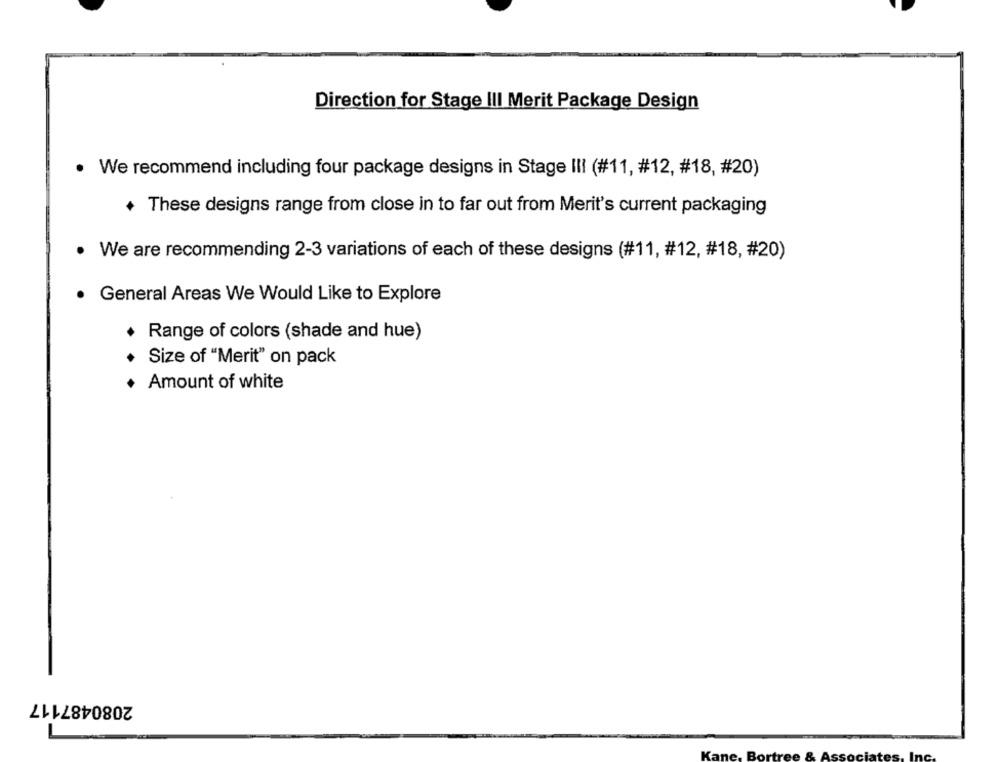
Direction for Stage III Merit Package Design
. We recommend including four package designs in Stage III (#11, #12, #18, #20)
+ These designs range from close in to far out from Merit's current packaging
We are recommending 2-3 variations of each of these designs (#11, #12, #18, #20)
General Areas We Would Like to Explore
+ Range of colors (shade and hue)
Size of "Merit" on pack
Amount of white
2080487117
Bo
Ka
ISSO
Inc.